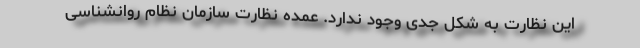
این نظارت به شکل جدی وجود ندارد. عمده نظارت سازمان نظام روانشناسی